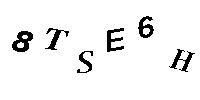
8TSE6H